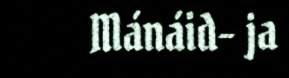
Mánáid- ja